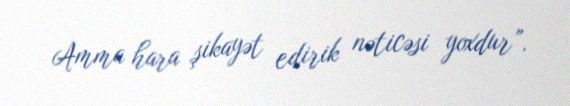
Amma hara şikayət edirik nəticəsi yoxdur”.